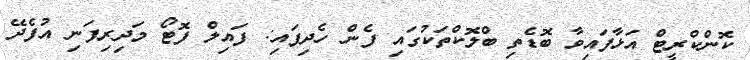
ކޮންކްރީޓް އަޅާފައިވާ ބޮޑެތި ބްލޮކްތަކުގައި ފެން ހެދިފައި: ފައިލް ފޮޓޯ މަދިރިފަނި އުފެދޭ